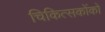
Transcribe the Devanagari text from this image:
चिकित्सकोंको